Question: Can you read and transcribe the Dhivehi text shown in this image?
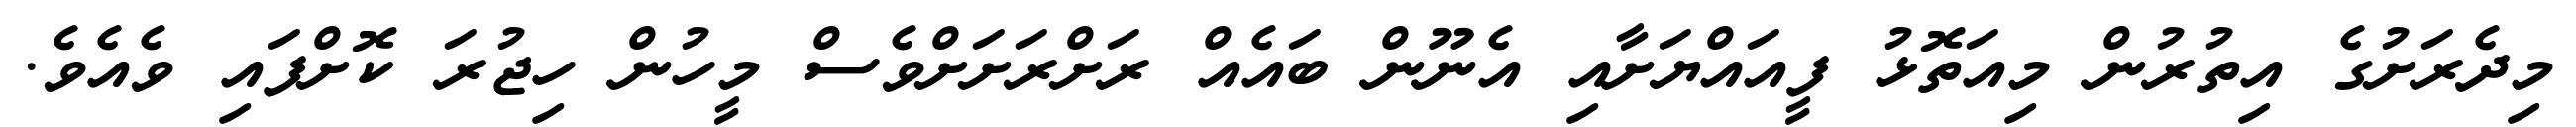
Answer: މިދެރަށުގެ އިތުރުން މިއަތޮޅު ފީއައްޔަށާއި އެނޫން ބައެއް ރަށްރަށަށްވެސް މީހުން ހިޖުރަ ކޮށްފައި ވެއެވެ.